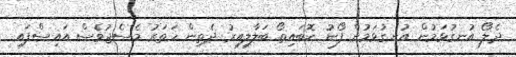
ދެލޯ އުނގުޅަމުން އުނގުޅަމުން ފޯނު ކޮބައިތޯ ބަލާލިއިރު ދެތިން ހަތަރު މެސެޖުވެސް އައިސްފައި